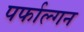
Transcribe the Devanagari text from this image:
पर्फाल्गन